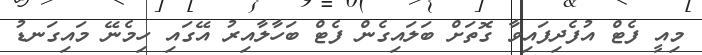
މިއީ ފެޓް އުފެދިފައިވާ ގޮތަށް ބަލައިގެން ފެޓް ބަހާލާއިރު އޭގައި ހިމެނޭ މައިގަނޑު